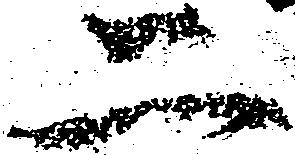
二